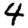
Digit: 4